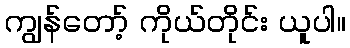
ကျွန်တော့် ကိုယ်တိုင်း ယူပါ။